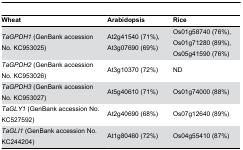
<table><thead><tr><td><b>Wheat</b></td><td><b>Arabidopsis</b></td><td><b>Rice</b></td></tr></thead><tbody><tr><td><i>TaGPDH1</i> (GenBank accession No. KC953025)</td><td>At2g41540 (71%), At3g07690 (69%)</td><td>Os01g58740 (76%), Os01g71280 (89%), Os05g41590 (76%)</td></tr><tr><td><i>TaGPDH2</i> (GenBank accession No. KC953026)</td><td>At3g10370 (72%)</td><td>ND</td></tr><tr><td><i>TaGPDH3</i> (GenBank accession No. KC953027)</td><td>At5g40610 (71%)</td><td>Os01g74000 (88%)</td></tr><tr><td><i>TaGLY1</i> (GenBank accession No. KC527592)</td><td>At2g40690 (68%)</td><td>Os07g12640 (89%)</td></tr><tr><td><i>TaGLI1</i> (GenBank accession No. KC244204)</td><td>At1g80460 (72%)</td><td>Os04g55410 (87%)</td></tr></tbody></table>